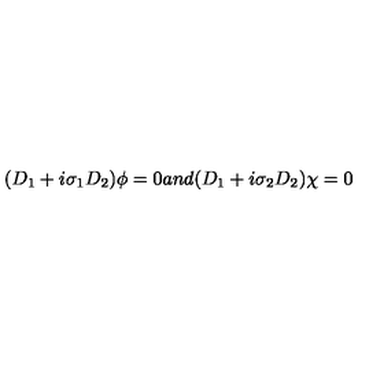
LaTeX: ( D _ { 1 } + i \sigma _ { 1 } D _ { 2 } ) \phi = 0 a n d ( D _ { 1 } + i \sigma _ { 2 } D _ { 2 } ) \chi = 0